Document type: Sale
Year: 1435
Scribe: Pere Soler
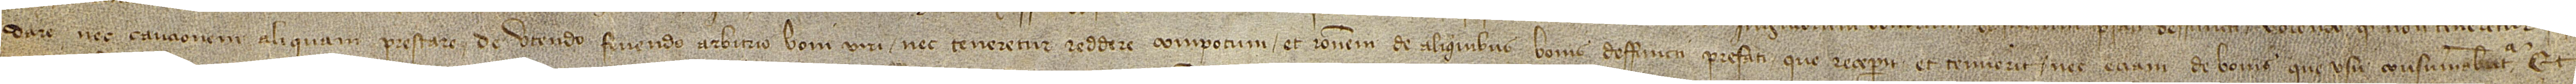
dare nec caucionem aliquam prestare de utendo fruendo arbitrio boni viri nec teneretur reddere compotum et rationem de aliquibus bonis deffuncti prefati que receperit et tenuerit, nec etiam de bonis que usus consumabuntur. Et